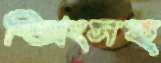
স্প্রিংসহ